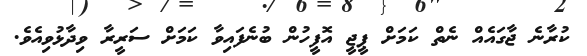
ކުރާނެ ޖާގައެއް ނެތް ކަމަށް ޕީޖީ އޮފީހުން ބުނެފައިވާ ކަމަށް ސަރީރާ ވިދާޅުވިއެވެ.